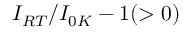
I _ { R T } / I _ { 0 K } - 1 ( > 0 )